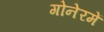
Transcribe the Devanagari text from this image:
गोनेरमें